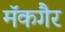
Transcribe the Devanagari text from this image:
मॅकगैर